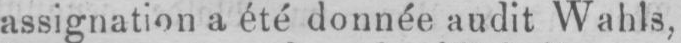
assignation a été donnée audit Wahls,